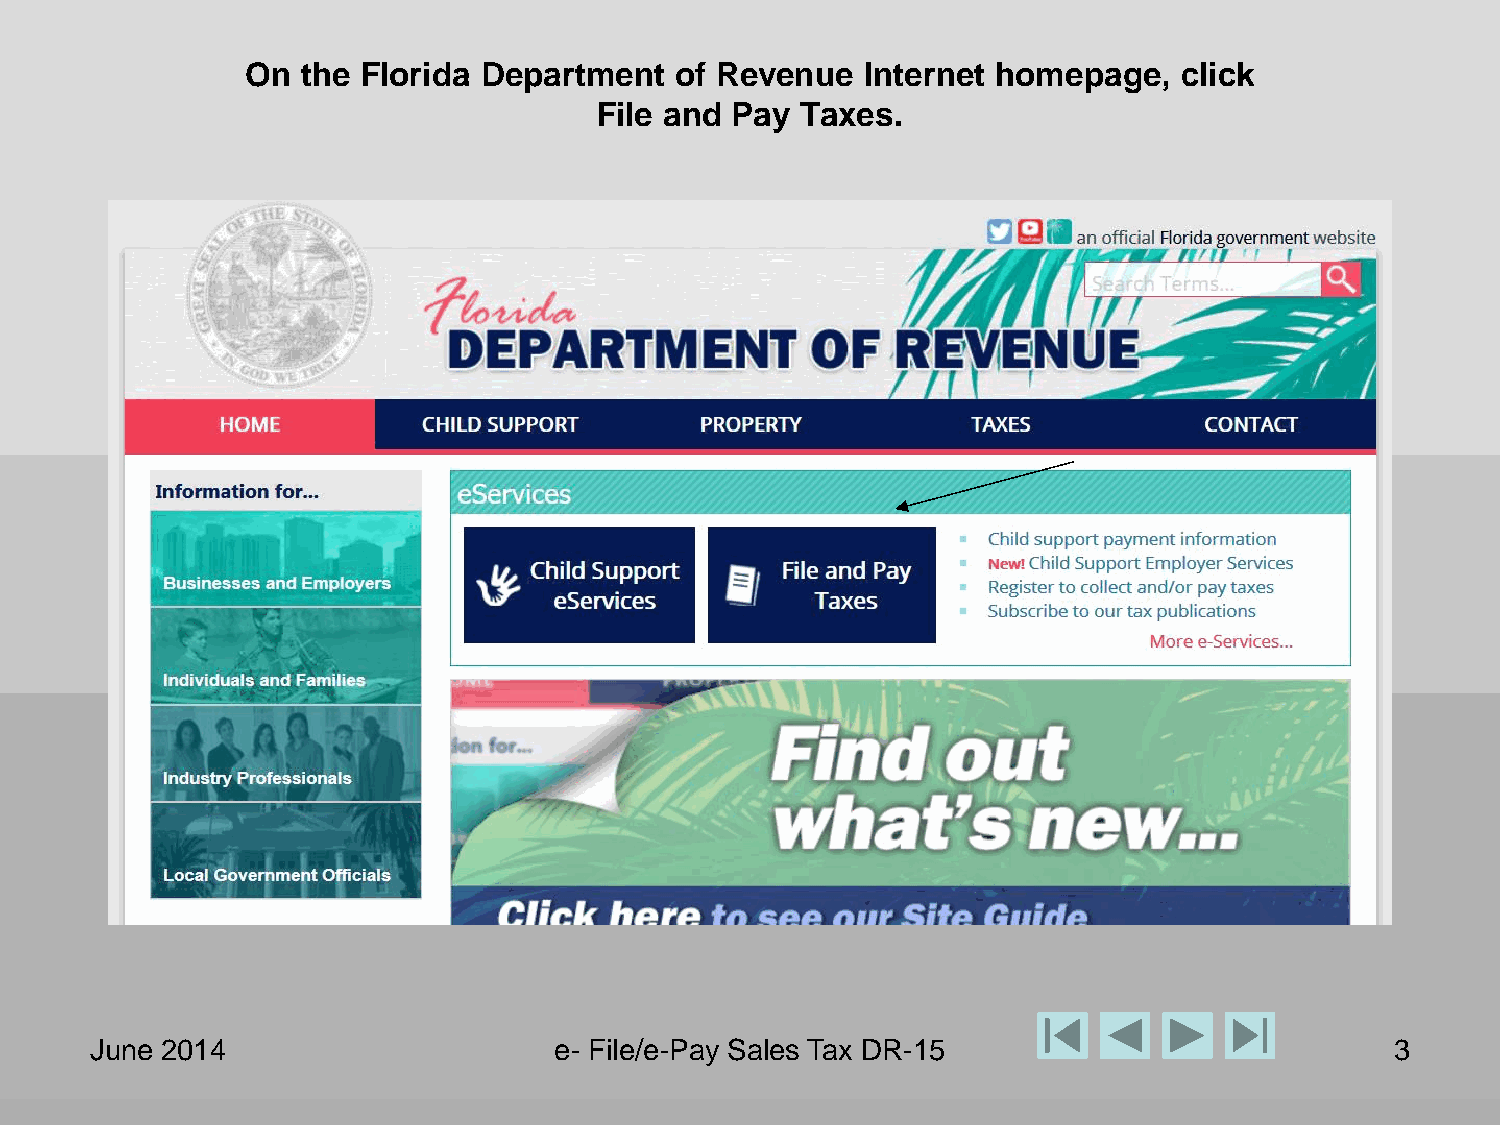
On  the Florida Department   of Revenue  Internet homepage,   click
 File and Pay  Taxes.
 June 2014                      e- File/e-Pay Sales Tax DR-15                          3